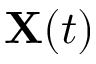
\mathbf X ( t )